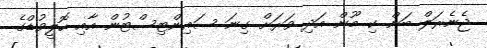
ޖެނެރަލް ބަން ކި މޫން އަދި ވަރަށް ގިނަ ސައިންޓިސްޓުން އާއި ހޮލީވުޑްގެ